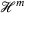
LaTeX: { \mathcal { H } } ^ { m }